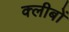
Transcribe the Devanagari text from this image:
क्लीबों